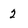
Character: 2